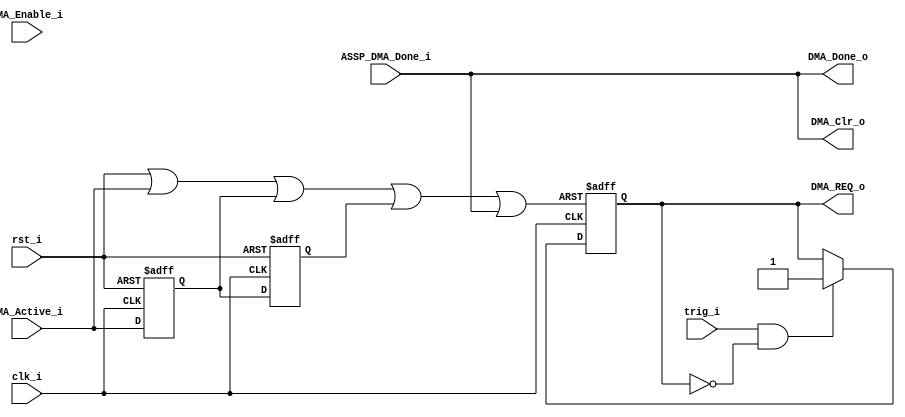
// -----------------------------------------------------------------------------
// title          : AL4S3B Fabric Intel VGA sample IP Module
// project        : Tamar2 Device
// -----------------------------------------------------------------------------
// company        : QuickLogic Corp
// platform       : ArcticLink 4 S3B
// standard       : Verilog 2001
// -----------------------------------------------------------------------------
// description: 
// -----------------------------------------------------------------------------
// copyright (c) 2018
// -----------------------------------------------------------------------------
// revisions  :
// date            version    author         description
// 2017/11/25      1.0        Anand Wadke    Initial Release
// -----------------------------------------------------------------------------
// Comments: This solution is specifically for use with the QuickLogic
//           AL4S3B device. 
// -----------------------------------------------------------------------------
//

`timescale 1ns / 10ps

module Dma_Ctrl ( 
            input  			clk_i	,
            input  			rst_i	,
			
			input           trig_i,
			
            input  			DMA_Active_i	,
			input           ASSP_DMA_Done_i,
            output 			DMA_Done_o	,
			output          DMA_Clr_o,
            input  			DMA_Enable_i	,
			output 			DMA_REQ_o  	 				
	

			);

reg     dma_req;  
reg     dma_active_i_1ff;
reg     dma_active_i_2ff;
//reg     dma_active_i_3ff;

//wire    ASSP_done_sample_rst;

wire    dreq_reset;
assign  dreq_reset = rst_i | DMA_Active_i | dma_active_i_1ff | dma_active_i_2ff | ASSP_DMA_Done_i;


assign  DMA_REQ_o = dma_req ;

//always @(posedge clk_i or posedge rst_i or posedge DMA_Active_i) 
always @(posedge clk_i or posedge dreq_reset) 
begin
    //if (rst_i | DMA_Active_i)
    if (dreq_reset)
    begin
        dma_req           <=  1'b0 ;
    end
    else 
    begin 
		if (trig_i && ~dma_req)
			dma_req           <=  1'b1;
		else 
			dma_req           <=  dma_req;
 	end	
end	


always @(posedge clk_i or posedge rst_i) 
begin
    if (rst_i)
    begin
		dma_active_i_1ff	<=  1'b0;
		dma_active_i_2ff	<=  1'b0;
		//dma_active_i_3ff	<=  1'b0;
    end
    else 
    begin  
		dma_active_i_1ff	<= DMA_Active_i;
		dma_active_i_2ff	<= dma_active_i_1ff;
		//dma_active_i_3ff    <= dma_active_i_2ff;
 	end
end  

assign DMA_Clr_o   = ASSP_DMA_Done_i;
assign DMA_Done_o  = ASSP_DMA_Done_i;


endmodule